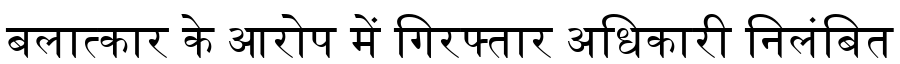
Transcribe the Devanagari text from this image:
बलात्कार के आरोप में गिरफ्तार अधिकारी निलंबित